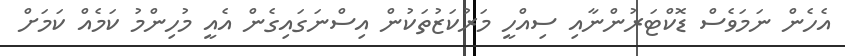
އެހެން ނަމަވެސް ޑޮކްޓަރުންނާއި ސިއްހީ މަރުކަޒުތަކުން އިސްނަގައިގެން އެއީ މުހިންމު ކަމެއް ކަމަށް